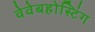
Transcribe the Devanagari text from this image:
वेवेबहोस्टिंग